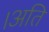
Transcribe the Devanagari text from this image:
।अति